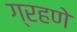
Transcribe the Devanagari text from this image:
ग्रहणे